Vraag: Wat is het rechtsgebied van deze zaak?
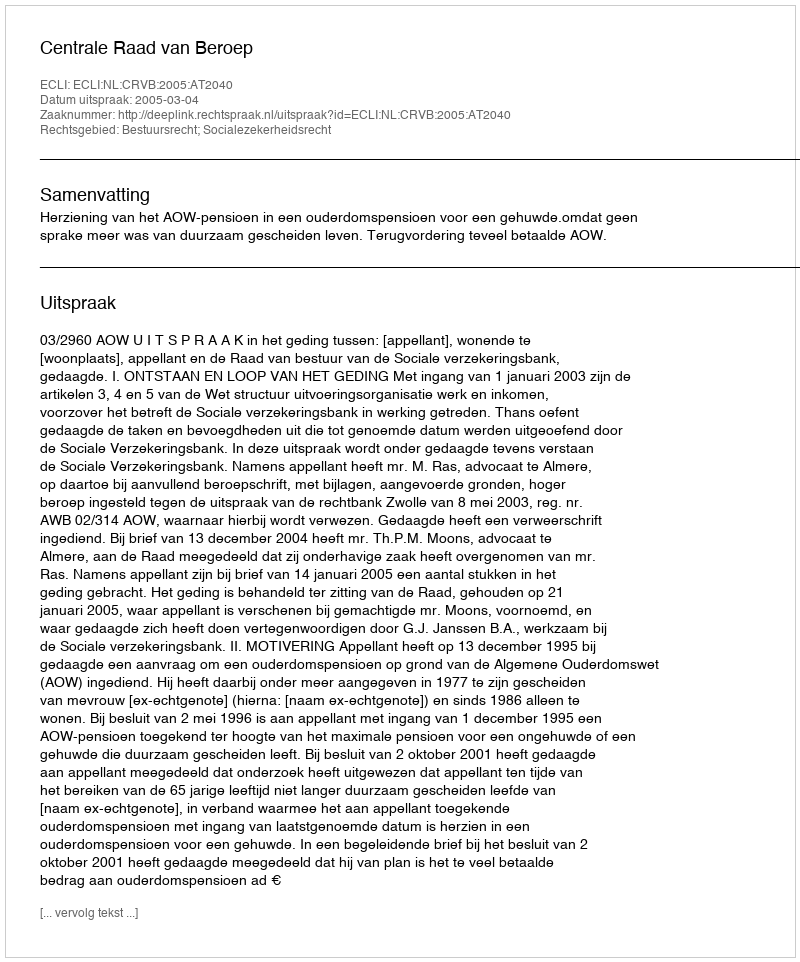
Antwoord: Bestuursrecht; Socialezekerheidsrecht